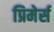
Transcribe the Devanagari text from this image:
प्रिमेर्स